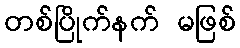
တစ်ပြိုက်နက် မဖြစ်